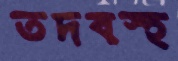
তদবস্হ